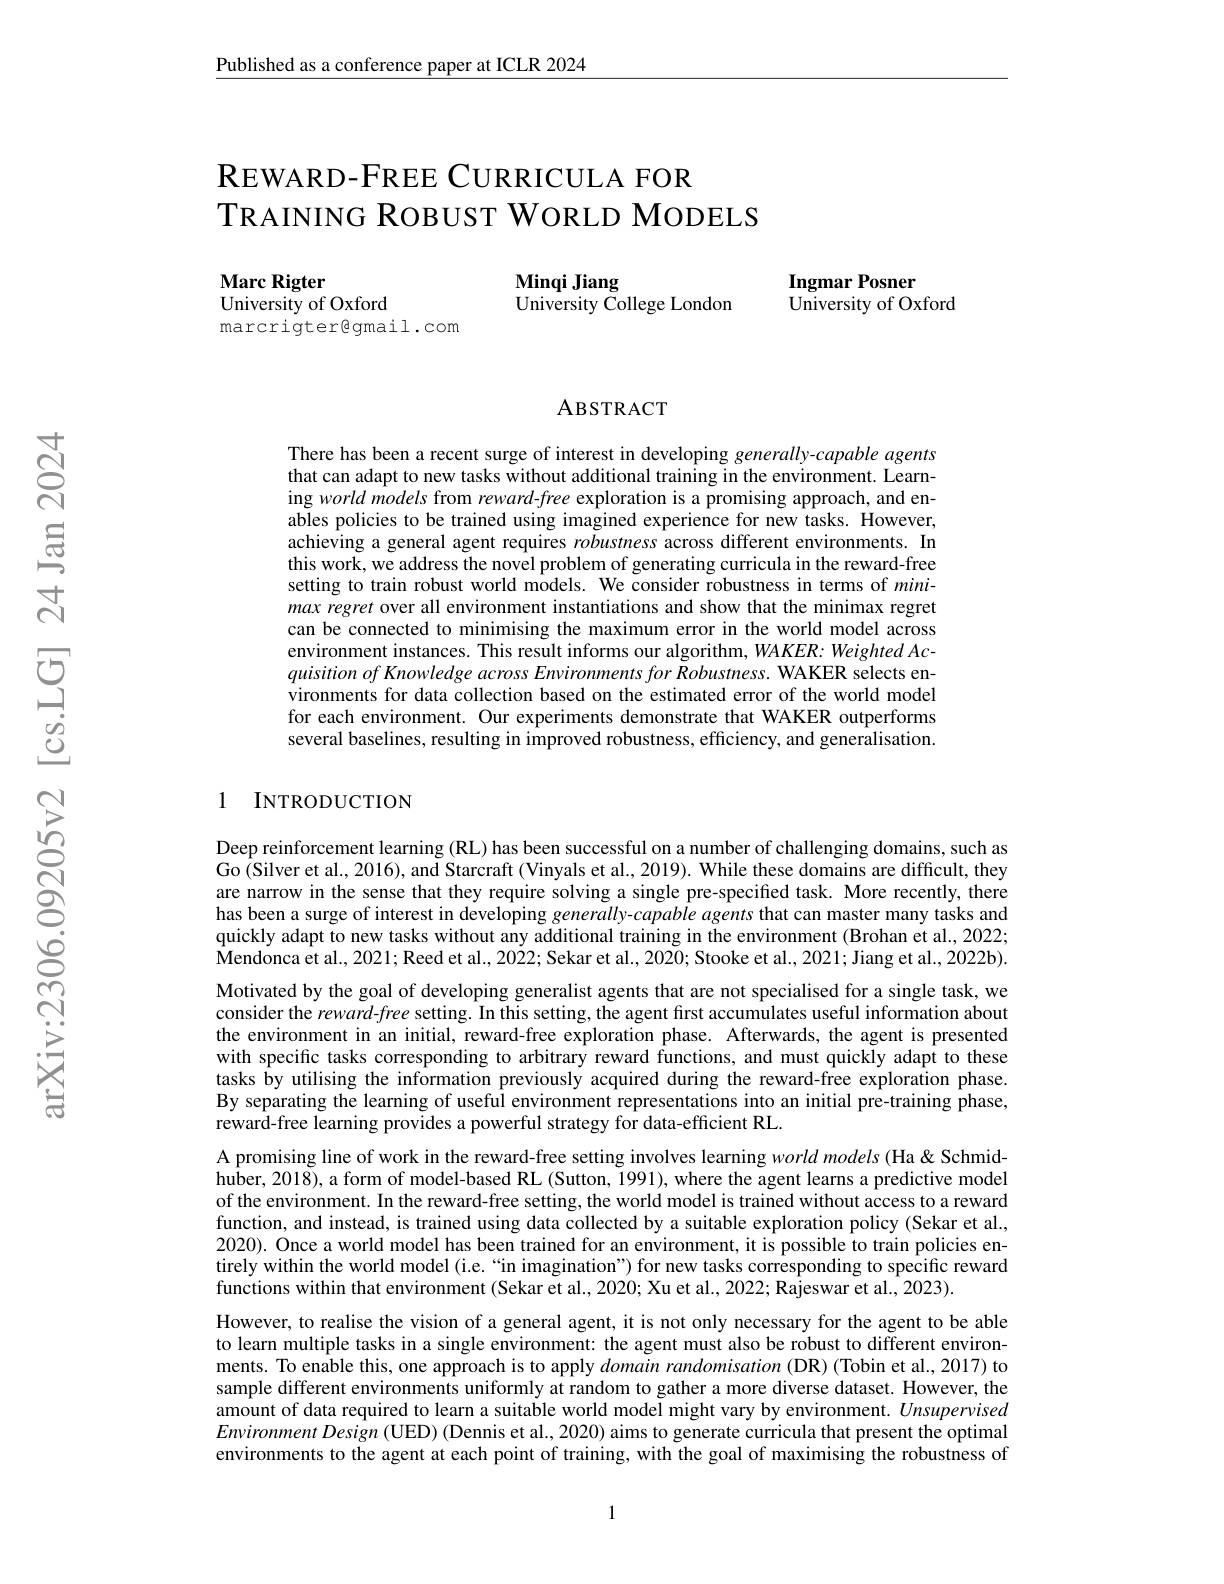
Published as a conference paper at ICLR 2024

# REWARD-FREE CURRICULA FOR TRAINING ROBUST WORLD MODELS

Minqi Jiang
University College London

$\mathbf{MarcRigter}$
University of Oxford
marcrigter@gmail.com

Ingmar Posner
University of Oxford

### ABSTRACT

There has been a recent surge of interest in developing generally-capable agents that can adapt to new tasks without additional training in the environment. Learning world models from reward-free exploration is a promising approach, and enables policies to be trained using imagined experience for new tasks. However, achieving a general agent requires robustness across different environments. In this work, we address the novel problem of generating curricula in the reward-free setting to train robust world models. We consider robustness in terms of minimax regret over all environment instantiations and show that the minimax regret can be connected to minimising the maximum error in the world model across environment instances. This result informs our algorithm, $WAKER:Weighted$ AcquisitionofKnowledge across Environments for Robustness. WAKER selects environments for data collection based on the estimated error of the world model for each environment. Our experiments demonstrate that WAKER outperforms several baselines, resulting in improved robustness, efficiency, and generalisation.

### 1 INTRODUCTION

Deep reinforcement learning (RL) has been successful on a number of challenging domains, such as Go (Silver et al., 2016), and Starcraft (Vinyals et al., 2019). While these domains are difficult, they are narrow in the sense that they require solving a single pre-specified task. More recently, there has been a surge of interest in developing generally-capable agents that can master many tasks and quickly adapt to new tasks without any additional training in the environment (Brohan et al., 2022; $\hat{\text{Mendonca et al., 2021; Reed et al., 2022; Sekar et al., 2020; Stooke et al., 2021; Jiang et al., 2022b).}}$ Motivated by the goal of developing generalist agents that are not specialised for a single task, we consider the reward-free setting. In this setting, the agent first accumulates useful information about the environment in an initial, reward-free exploration phase. Afterwards, the agent is presented with specific tasks corresponding to arbitrary reward functions, and must quickly adapt to these tasks by utilising the information previously acquired during the reward-free exploration phase. By separating the learning of useful environment representations into an initial pre-training phase, reward-free learning provides a powerful strategy for data-efficient RL.
A promising line of work in the reward-free setting involves learning worldmodels (Ha &Schmidhuber, 2018), a form of model-based RL (Sutton, 1991), where the agent learns a predictive model of the environment. In the reward-free setting, the world model is trained without access to a reward function, and instead, is trained using data collected by a suitable exploration policy (Sekar et al., 2020). Once a world model has been trained for an environment, it is possible to train policies entirely within the world model (i.e.“in imagination”) for new tasks corresponding to specific reward $\dot{\text{functions within that environment (Sekar et al., 2020; Xu et al., 2022; Rajeswar et al., 2023).}}$
However, to realise the vision of a general agent, it is not only necessary for the agent to be able to learn multiple tasks in a single environment: the agent must also be robust to different environments. To enable this, one approach is to apply domain randomisation (DR) (Tobin et al, 2017) to sample different environments uniformly at random to gather a more diverse dataset. However, the amount of data required to learn a suitable world model might vary by environment. Unsupervised $EnvironmentDesign(UED)(Dennisetal.,2020)$ aims to generate curricula that present the optimal environments to the agent at each point of training, with the goal of maximising the robustness of

1